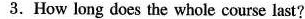
3.How long does the whole course last?